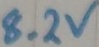
Text: 8.2V